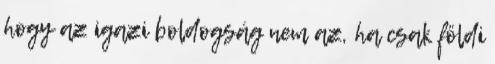
hogy az igazi boldogság nem az, ha csak földi